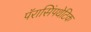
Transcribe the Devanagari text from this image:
पॅरासिंपथेटिक